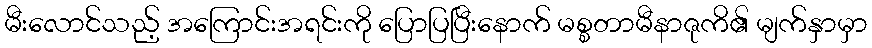
မီးလောင်သည့် အကြောင်းအရင်းကို ပြောပြပြီးနောက် မစ္စတာမီနာဇုကိ၏ မျက်နှာမှာ